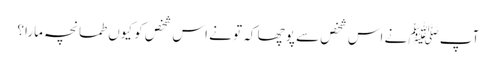
آپﷺ نے اس شخص سے پوچھا کہ تو نے اس شخص کو کیوں طمانچہ مارا؟